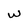
Character: w